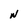
Character: N